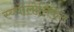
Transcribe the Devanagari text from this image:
स्य्चोलोगिकल